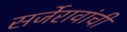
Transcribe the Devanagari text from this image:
सर्जेरावांची